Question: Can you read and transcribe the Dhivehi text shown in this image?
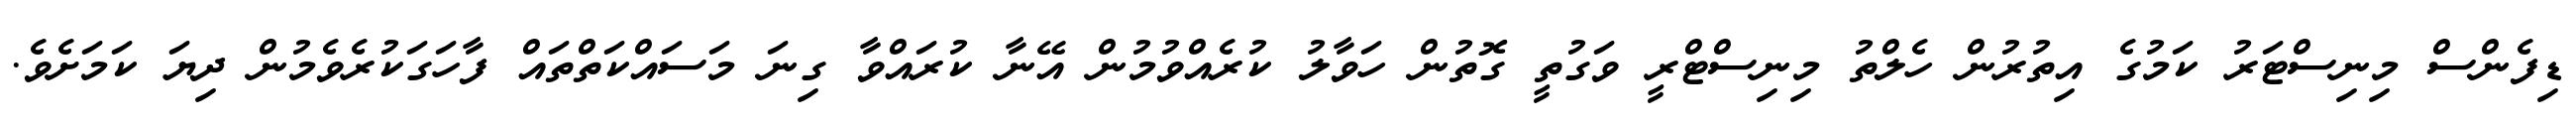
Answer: ޑިފެންސް މިނިސްޓަރު ކަމުގެ އިތުރުން ހެލްތު މިނިސްޓްރީ ވަގުތީ ގޮތުން ހަވާލު ކުރެއްވުމުން އޭނާ ކުރައްވާ ގިނަ މަސައްކަތްތައް ފާހަގަކުރެވެމުން ދިޔަ ކަމަށެވެ.